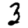
Digit: 3